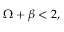
\Omega + \beta < 2 ,